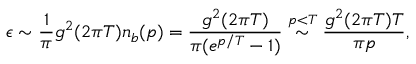
\epsilon \sim \frac { 1 } { \pi } g ^ { 2 } ( 2 \pi T ) n _ { b } ( p ) = \frac { g ^ { 2 } ( 2 \pi T ) } { \pi ( e ^ { p / T } - 1 ) } \stackrel { p < T } { \sim } \frac { g ^ { 2 } ( 2 \pi T ) T } { \pi p } ,